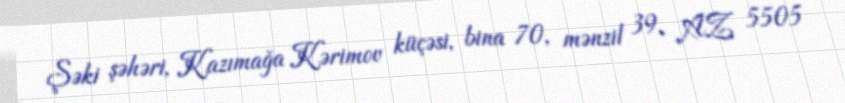
Şəki şəhəri, Kazımağa Kərimov küçəsi, bina 70, mənzil 39, AZ 5505